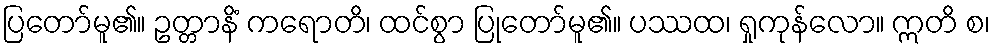
ပြတော်မူ၏။ ဥတ္တာနိံ ကရောတိ၊ ထင်စွာ ပြုတော်မူ၏။ ပဿထ၊ ရှုကုန်လော။ ဣတိ စ၊